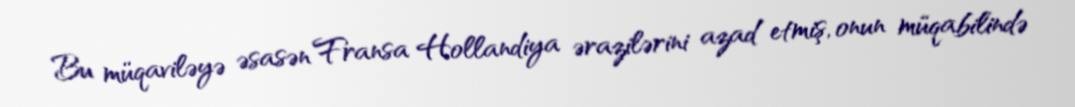
Bu müqaviləyə əsasən Fransa Hollandiya ərazilərini azad etmiş, onun müqabilində